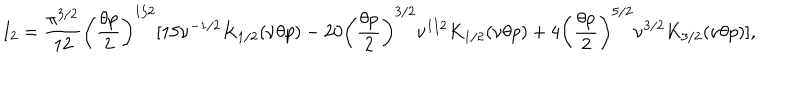
I _ { 2 } = \frac { \pi ^ { 3 / 2 } } { 1 2 } \biggl ( \frac { \theta p } { 2 } \biggr ) ^ { 1 / 2 } [ 1 5 \nu ^ { - 1 / 2 } K _ { 1 / 2 } ( \nu \theta p ) - 2 0 \biggl ( \frac { \theta p } { 2 } \biggr ) ^ { 3 / 2 } \nu ^ { 1 / 2 } K _ { 1 / 2 } ( \nu \theta p ) + 4 \biggl ( \frac { \theta p } { 2 } \biggr ) ^ { 5 / 2 } \nu ^ { 3 / 2 } K _ { 3 / 2 } ( \nu \theta p ) ] ,